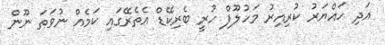
އަދި ހައްޔަރު ކުރިއިރު މަހުލޫފް ހުރީ ބެރިކޭޑް އެތެރޭގައި ކަމެއް ނުވަތަ ނޫން